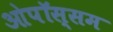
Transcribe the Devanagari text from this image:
ओपॉस्सम